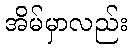
အိမ်မှာလည်း